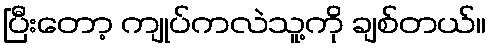
ပြီးတော့ ကျုပ်ကလဲသူ့ကို ချစ်တယ်။